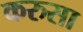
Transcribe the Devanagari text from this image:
करुसा